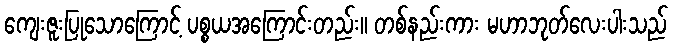
ကျေးဇူးပြုသောကြောင့် ပစ္စယအကြောင်းတည်း။ တစ်နည်းကား မဟာဘုတ်လေးပါးသည်